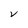
Character: V